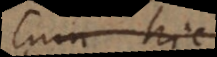
Cum hic,